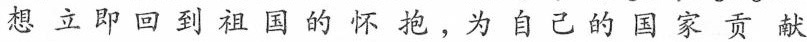
想立即回到祖国的怀抱，为自己的国家贡献